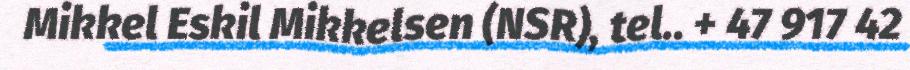
Mikkel Eskil Mikkelsen (NSR), tel.. + 47 917 42